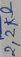
Text: 2,2KΩ